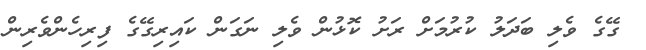
ގޭގެ ވެލި ބަދަލު ކުރުމަށް ރަށު ކޮޅުން ވެލި ނަގަން ކައިރިގޭގެ ފިރިހެންވެރިން